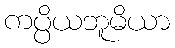
ကပ္ပိယဘူမိယာ